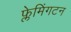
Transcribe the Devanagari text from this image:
फ्लेमिंगटन